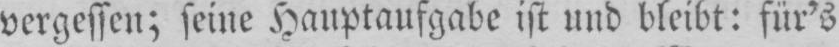
vergessen; seine Hauptaufgabe ist und bleibt: für’s